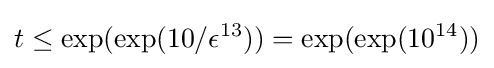
t\leq \exp({\exp({10/\epsilon ^{13}})})=\exp({\exp({10^{14}})})